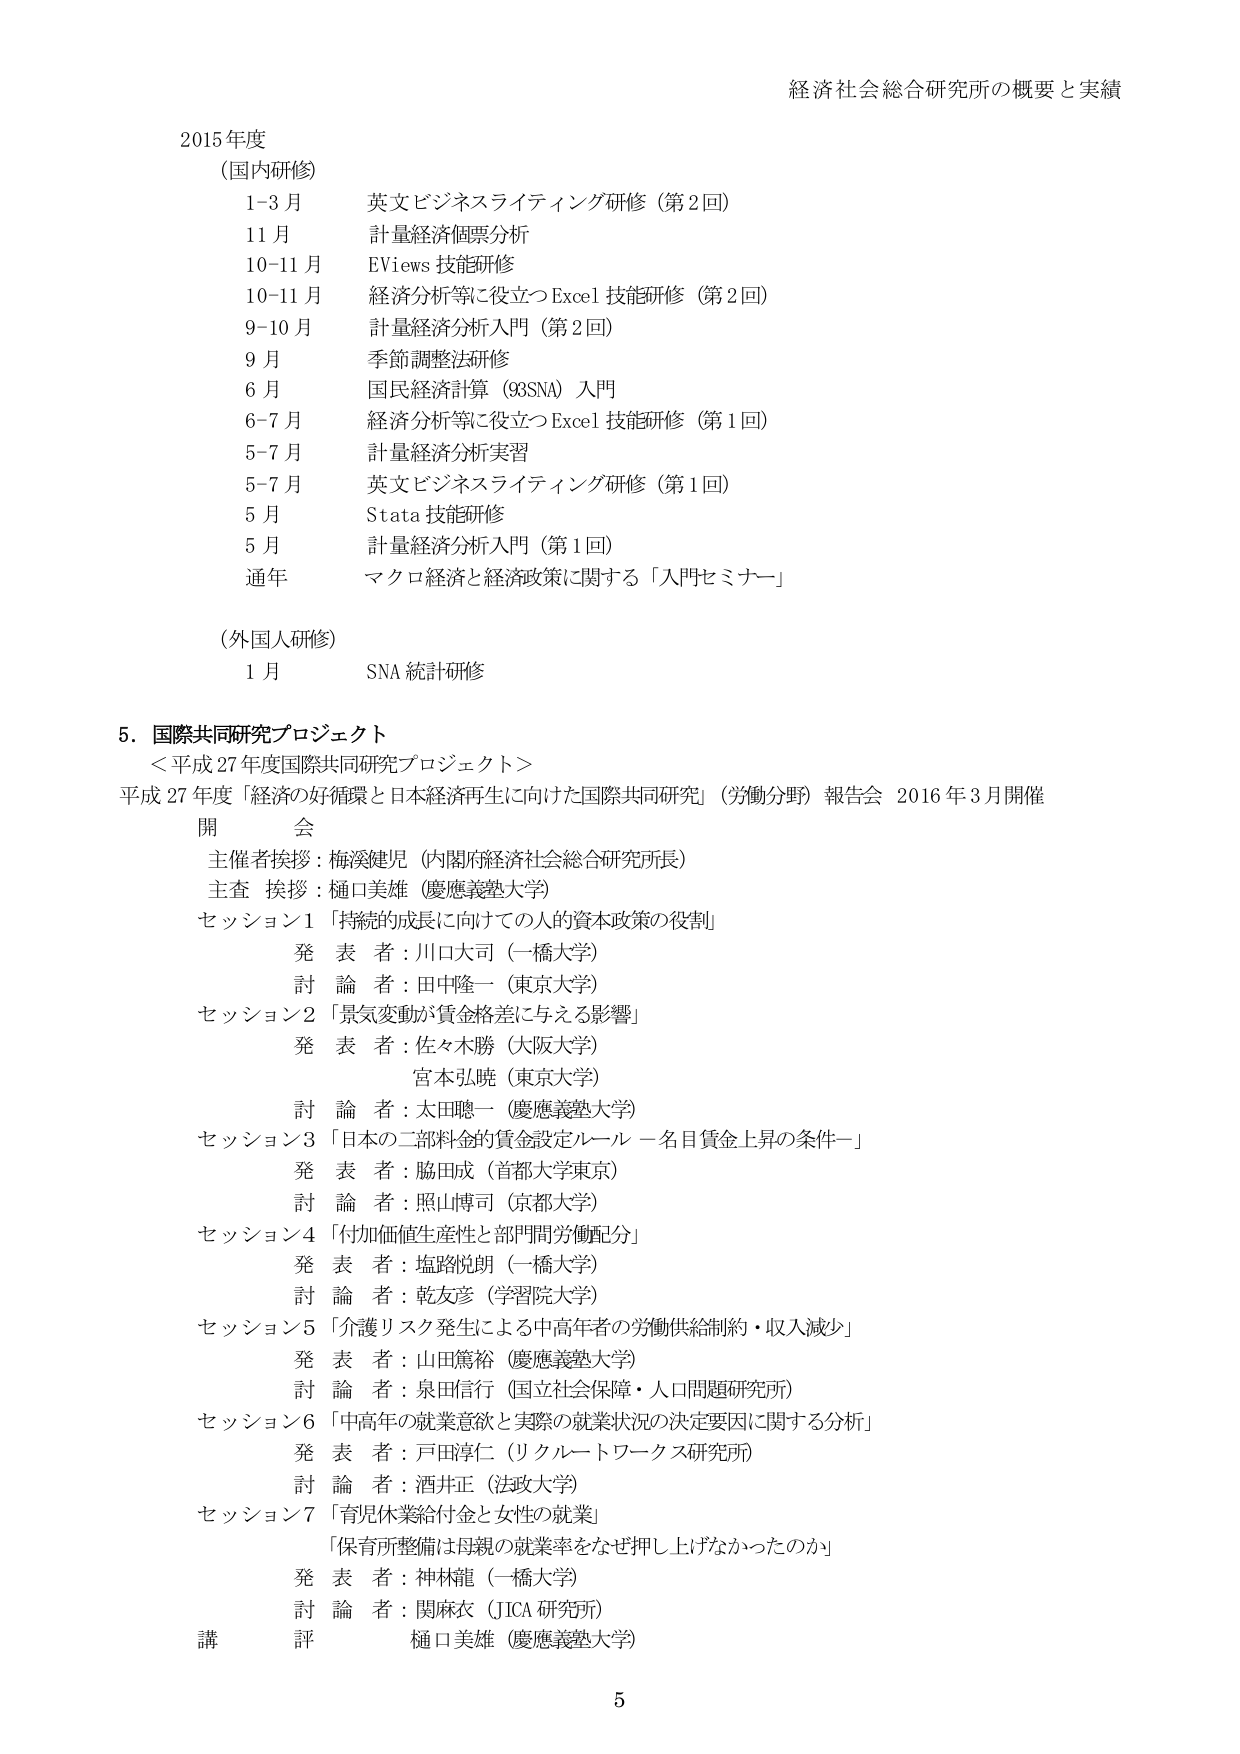
経済社会総合研究所の概要と実績

2015年度
（国内研修）
1-3月 英文ビジネスライティング研修（第2回）
11月 計量経済個票分析
10-11月 EViews 技能研修
10-11月 経済分析等に役立つExcel 技能研修（第2回）
9-10月 計量経済分析入門（第2回）
9月 季節調整法研修
6月 国民経済計算（93SNA）入門
6-7月 経済分析等に役立つExcel 技能研修（第1回）
5-7月 計量経済分析実習
5-7月 英文ビジネスライティング研修（第1回）
5月 Stata 技能研修
5月 計量経済分析入門（第1回）
通年 マクロ経済と経済政策に関する「入門セミナー」

（外国人研修）
1月 SNA 統計研修

5. 国際共同研究プロジェクト
＜平成27年度国際共同研究プロジェクト＞
平成27年度「経済の好循環と日本経済再生に向けた国際共同研究」（労働分野）報告会 2016年3月開催
開会
主催者挨拶：梅渓健児（内閣府経済社会総合研究所長）
主査 挨拶：樋口美雄（慶應義塾大学）
セッション1 「持続的成長に向けての人的資本政策の役割」
発表者：川口大司（一橋大学）
討論者：田中隆一（東京大学）
セッション2 「景気変動が賃金格差に与える影響」
発表者：佐々木勝（大阪大学）
宮本弘暁（東京大学）
討論者：太田聰一（慶應義塾大学）
セッション3 「日本の二部料金的賃金設定ルール－名目賃金上昇の条件－」
発表者：脇田成（首都大学東京）
討論者：照山博司（京都大学）
セッション4 「付加価値生産性と部門間労働配分」
発表者：塩路悦朗（一橋大学）
討論者：乾友彦（学習院大学）
セッション5 「介護リスク発生による中高年者の労働供給制約・収入減少」
発表者：山田篤裕（慶應義塾大学）
討論者：泉田信行（国立社会保障・人口問題研究所）
セッション6 「中高年の就業意欲と実際の就業状況の決定要因に関する分析」
発表者：戸田淳仁（リクルートワークス研究所）
討論者：酒井正（法政大学）
セッション7 「育児休業給付金と女性の就業」
「保育所整備は母親の就業率をなぜ押し上げなかったのか」
発表者：神林龍（一橋大学）
討論者：関麻衣（JICA研究所）
講評 樋口美雄（慶應義塾大学）

5